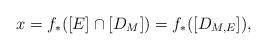
LaTeX: \begin{align*}x=f_*([E]\cap[D_M])=f_*([D_{M, E}]),\end{align*}